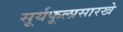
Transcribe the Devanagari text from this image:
सूर्यफूलासारखे